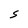
Character: S